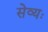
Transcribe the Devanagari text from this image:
सेव्यः